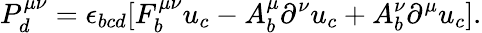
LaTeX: P_{d}^{\mu\nu}=\epsilon_{bcd}[F_{b}^{\mu\nu}u_{c}-A_{b}^{\mu}\partial^{\nu}u_{c}+A_{b}^{\nu}\partial^{\mu}u_{c}].